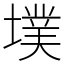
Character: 墣